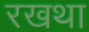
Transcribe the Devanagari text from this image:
रखथा